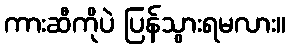
ကားဆီကိုပဲ ပြန်သွားရမလား။